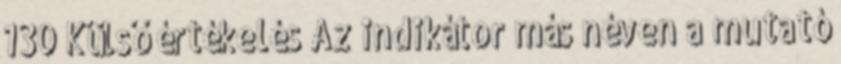
130 Külső értékelés Az indikátor más néven a mutató